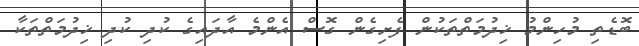
ބޮޑެތި މުހިންމު ޚިދުމަތްތަކުން ފެށިގެން ގޮސް އެންމެ އާދައިގެ ކުދި ކުދި ޚިދުމަތްތަކާ